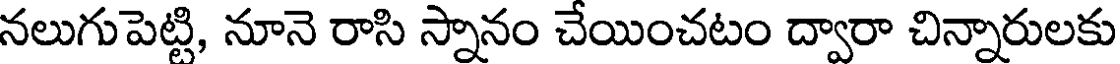
నలుగుపెట్టి, నూనె రాసి స్నానం చేయించటం ద్వారా చిన్నారులకు